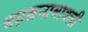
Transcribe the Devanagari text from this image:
सहस्रनामावली